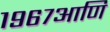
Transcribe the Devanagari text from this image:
१९६७आणि